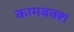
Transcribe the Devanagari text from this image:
कामबक्श